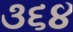
૩૬૪